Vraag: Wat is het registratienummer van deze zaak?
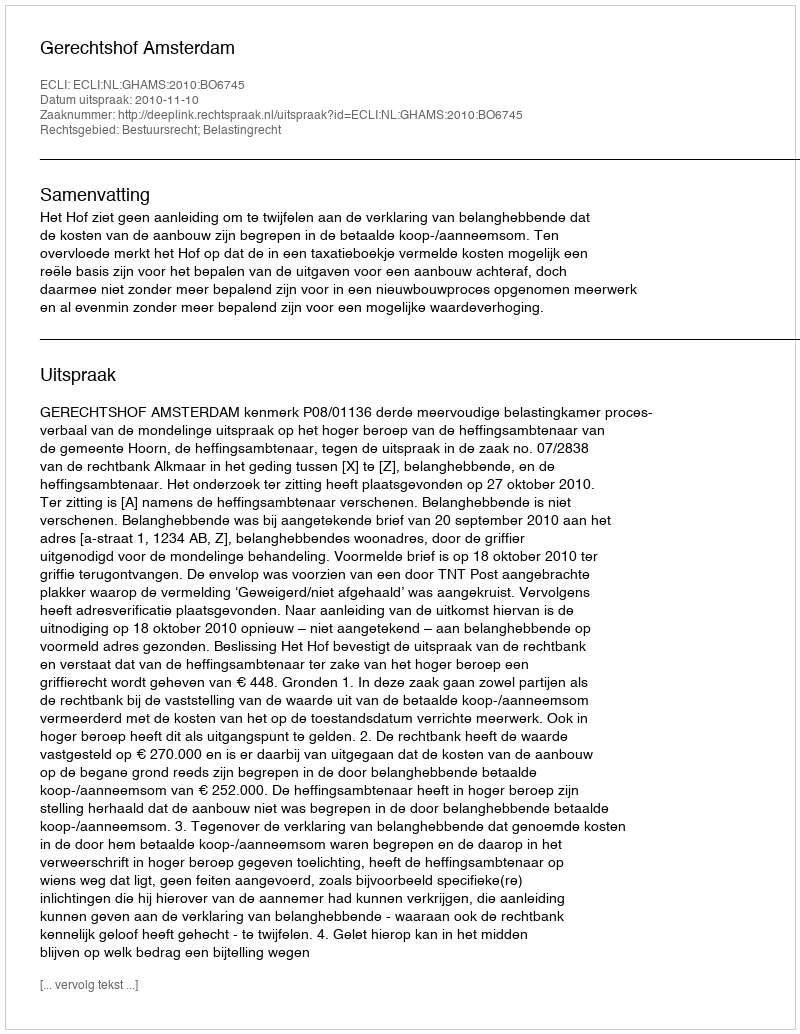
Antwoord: http://deeplink.rechtspraak.nl/uitspraak?id=ECLI:NL:GHAMS:2010:BO6745